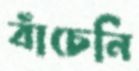
বাঁচেনি